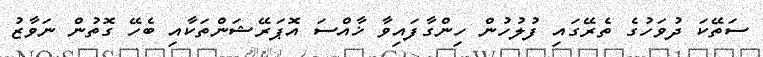
ސަތޭކަ ދުވަހުގެ ތެރޭގައި ފުލުހުން ހިންގާފައިވާ ޚާއްސަ އޮޕަރޭޝަންތަކާއި ބެހޭ ގޮތުން ނަވާޒު